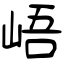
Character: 峿